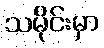
သမိုင်းမှာ